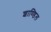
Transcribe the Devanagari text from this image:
शाण्डिल